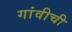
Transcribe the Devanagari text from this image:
गांवीची